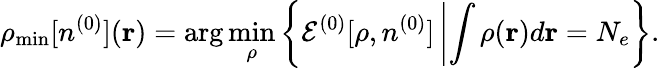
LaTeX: \rho_{\mathrm{min}}[n^{(0)}]({\mathbf r})=\arg\operatorname*{min}_{\rho}\left\{ {\cal E}^{(0)}[\rho,n^{(0)}]\left\vert\int\rho({\mathbf r})d{\mathbf r}=N_{e}\right.\right\} .